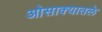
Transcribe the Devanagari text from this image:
ओसाक्यातले